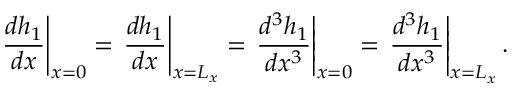
\left. \frac { d h _ { 1 } } { d x } \right| _ { x = 0 } = \left. \frac { d h _ { 1 } } { d x } \right| _ { x = L _ { x } } = \left. \frac { d ^ { 3 } h _ { 1 } } { d x ^ { 3 } } \right| _ { x = 0 } = \left. \frac { d ^ { 3 } h _ { 1 } } { d x ^ { 3 } } \right| _ { x = L _ { x } } .